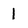
Character: 1